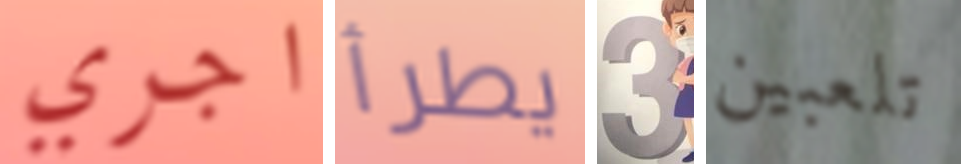
اجري يطرأ 3 تلعبين